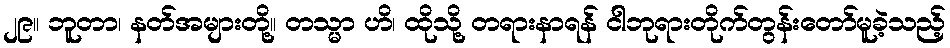
၂၉။ ဘူတာ၊ နတ်အများတို့။ တသ္မာ ဟိ၊ ထိုသို့ တရားနာရန် ငါဘုရားတိုက်တွန်းတော်မူခဲ့သည့်